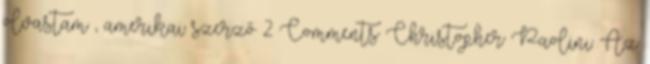
olvastam , amerikai szerző 2 Comments Christopher Paolini: Az